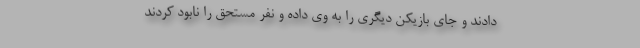
دادند و جای بازیکن دیگری را به وی داده و نفر مستحق را نابود کردند